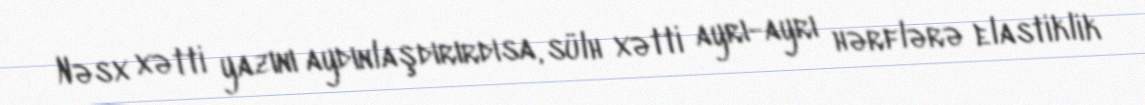
Nəsx xətti yazını aydınlaşdırırdısa, sülh xətti ayrı-ayrı hərflərə elastiklik